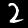
Label: 2